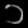
Digit: ၁